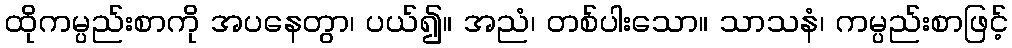
ထိုကမ္ပည်းစာကို အပနေတွာ၊ ပယ်၍။ အညံ၊ တစ်ပါးသော။ သာသနံ၊ ကမ္ပည်းစာဖြင့်